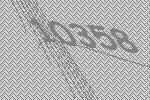
10358